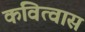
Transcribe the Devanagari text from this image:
कवित्वास